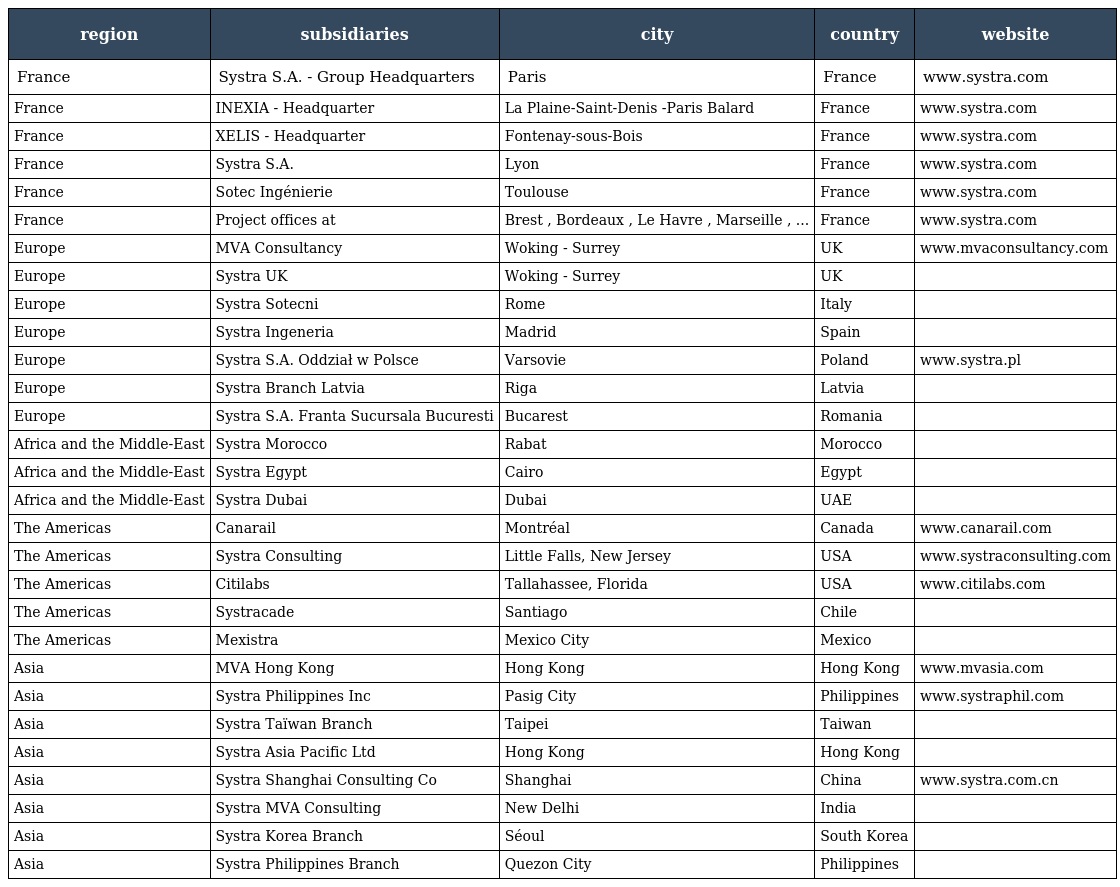
| region | subsidiaries | city | country | website |
 | --- | --- | --- | --- | --- |
 | France | Systra S.A. - Group Headquarters | Paris | France | www.systra.com |
 | France | INEXIA - Headquarter | La Plaine-Saint-Denis -Paris Balard | France | www.systra.com |
 | France | XELIS - Headquarter | Fontenay-sous-Bois | France | www.systra.com |
 | France | Systra S.A. | Lyon | France | www.systra.com |
 | France | Sotec Ingénierie | Toulouse | France | www.systra.com |
 | France | Project offices at | Brest , Bordeaux , Le Havre , Marseille , ... | France | www.systra.com |
 | Europe | MVA Consultancy | Woking - Surrey | UK | www.mvaconsultancy.com |
 | Europe | Systra UK | Woking - Surrey | UK |  |
 | Europe | Systra Sotecni | Rome | Italy |  |
 | Europe | Systra Ingeneria | Madrid | Spain |  |
 | Europe | Systra S.A. Oddział w Polsce | Varsovie | Poland | www.systra.pl |
 | Europe | Systra Branch Latvia | Riga | Latvia |  |
 | Europe | Systra S.A. Franta Sucursala Bucuresti | Bucarest | Romania |  |
 | Africa and the Middle-East | Systra Morocco | Rabat | Morocco |  |
 | Africa and the Middle-East | Systra Egypt | Cairo | Egypt |  |
 | Africa and the Middle-East | Systra Dubai | Dubai | UAE |  |
 | The Americas | Canarail | Montréal | Canada | www.canarail.com |
 | The Americas | Systra Consulting | Little Falls, New Jersey | USA | www.systraconsulting.com |
 | The Americas | Citilabs | Tallahassee, Florida | USA | www.citilabs.com |
 | The Americas | Systracade | Santiago | Chile |  |
 | The Americas | Mexistra | Mexico City | Mexico |  |
 | Asia | MVA Hong Kong | Hong Kong | Hong Kong | www.mvasia.com |
 | Asia | Systra Philippines Inc | Pasig City | Philippines | www.systraphil.com |
 | Asia | Systra Taïwan Branch | Taipei | Taiwan |  |
 | Asia | Systra Asia Pacific Ltd | Hong Kong | Hong Kong |  |
 | Asia | Systra Shanghai Consulting Co | Shanghai | China | www.systra.com.cn |
 | Asia | Systra MVA Consulting | New Delhi | India |  |
 | Asia | Systra Korea Branch | Séoul | South Korea |  |
 | Asia | Systra Philippines Branch | Quezon City | Philippines |  |